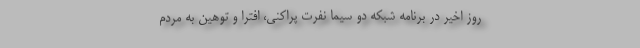
روز اخیر در برنامه شبکه دو سیما نفرت پراکنی، افترا و توهین به مردم